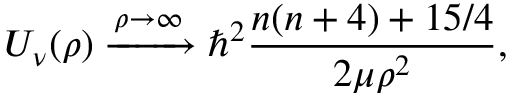
U _ { \nu } ( \rho ) \xrightarrow { \rho \to \infty } \hbar ^ { 2 } \frac { n ( n + 4 ) + 1 5 / 4 } { 2 \mu \rho ^ { 2 } } ,